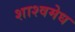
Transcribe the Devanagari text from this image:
शाश्वमेध